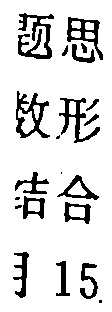
题思
数形
结合
月15